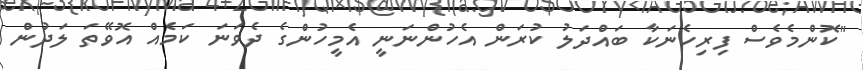
"ކޮންމެވެސް ފިރިހެނަކާ ބައްދަލު ކުރަން އެހުންނަނީ އެމީހުންގެ ދެވަނަ ކަމެއް އޮވޭތަ ލަދުން